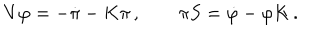
LaTeX: V \varphi = - \dot { \pi } - K \pi \, , \qquad \pi S = \dot { \varphi } - \varphi K \, .